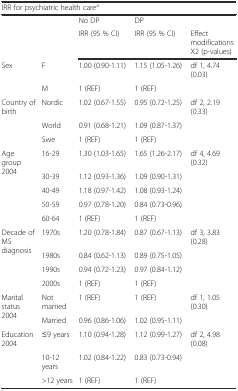
<table><thead><tr><td colspan="5"><b>IRR for psychiatric health care<sup>a</sup></b></td></tr><tr><td rowspan="2"></td><td rowspan="2"></td><td><b>No DP</b></td><td><b>DP</b></td><td></td></tr><tr><td><b>IRR (95 % CI)</b></td><td><b>IRR (95 % CI)</b></td><td><b>Effect modifications X2 (p-values)</b></td></tr></thead><tbody><tr><td rowspan="2">Sex</td><td>F</td><td>1.00 (0.90-1.11)</td><td>1.15 (1.05-1.26)</td><td>df 1, 4.74 (0.03)</td></tr><tr><td>M</td><td>1 (REF)</td><td>1 (REF)</td><td></td></tr><tr><td rowspan="3">Country of birth</td><td>Nordic</td><td>1.02 (0.67-1.55)</td><td>0.95 (0.72-1.25)</td><td>df 2, 2.19 (0.33)</td></tr><tr><td>World</td><td>0.91 (0.68-1.21)</td><td>1.09 (0.87-1.37)</td><td></td></tr><tr><td>Swe</td><td>1 (REF)</td><td>1 (REF)</td><td></td></tr><tr><td rowspan="5">Age group 2004</td><td>16-29</td><td>1.30 (1.03-1.65)</td><td>1.65 (1.26-2.17)</td><td>df 4, 4.69 (0.32)</td></tr><tr><td>30-39</td><td>1.12 (0.93-1.36)</td><td>1.09 (0.90-1.31)</td><td></td></tr><tr><td>40-49</td><td>1.18 (0.97-1.42)</td><td>1.08 (0.93-1.24)</td><td></td></tr><tr><td>50-59</td><td>0.97 (0.78-1.20)</td><td>0.84 (0.73-0.96)</td><td></td></tr><tr><td>60-64</td><td>1 (REF)</td><td>1 (REF)</td><td></td></tr><tr><td rowspan="4">Decade of MS diagnosis</td><td>1970s</td><td>1.20 (0.78-1.84)</td><td>0.87 (0.67-1.13)</td><td>df 3, 3.83 (0.28)</td></tr><tr><td>1980s</td><td>0.84 (0.62-1.13)</td><td>0.89 (0.75-1.05)</td><td></td></tr><tr><td>1990s</td><td>0.94 (0.72-1.23)</td><td>0.97 (0.84-1.12)</td><td></td></tr><tr><td>2000s</td><td>1 (REF)</td><td>1 (REF)</td><td></td></tr><tr><td rowspan="2">Marital status 2004</td><td>Not married</td><td>1 (REF)</td><td>1 (REF)</td><td>df 1, 1.05 (0.30)</td></tr><tr><td>Married</td><td>0.96 (0.86-1.06)</td><td>1.02 (0.95-1.11)</td><td></td></tr><tr><td rowspan="3">Education 2004</td><td>≤9 years</td><td>1.10 (0.94-1.28)</td><td>1.12 (0.99-1.27)</td><td>df 2, 4.98 (0.08)</td></tr><tr><td>10-12 years</td><td>1.02 (0.84-1.22)</td><td>0.83 (0.73-0.94)</td><td></td></tr><tr><td>&gt;12 years</td><td>1 (REF)</td><td>1 (REF)</td><td></td></tr></tbody></table>